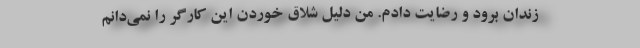
زندان برود و رضایت دادم. من دلیل شلاق خوردن این کارگر را نمی‌دانم